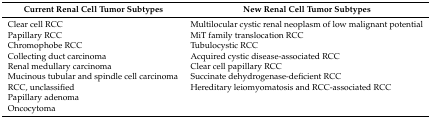
<table><thead><tr><td><b>Current Renal Cell Tumor Subtypes</b></td><td><b>New Renal Cell Tumor Subtypes</b></td></tr></thead><tbody><tr><td>Clear cell RCC</td><td>Multilocular cystic renal neoplasm of low malignant potential</td></tr><tr><td>Papillary RCC</td><td>MiT family translocation RCC</td></tr><tr><td>Chromophobe RCC</td><td>Tubulocystic RCC</td></tr><tr><td>Collecting duct carcinoma</td><td>Acquired cystic disease-associated RCC</td></tr><tr><td>Renal medullary carcinoma</td><td>Clear cell papillary RCC</td></tr><tr><td>Mucinous tubular and spindle cell carcinoma</td><td>Succinate dehydrogenase-deficient RCC</td></tr><tr><td>RCC, unclassified</td><td>Hereditary leiomyomatosis and RCC-associated RCC</td></tr><tr><td>Papillary adenoma</td><td></td></tr><tr><td>Oncocytoma</td><td></td></tr></tbody></table>